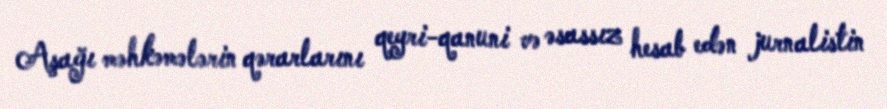
Aşağı məhkəmələrin qərarlarını qeyri-qanuni və əsassız hesab edən jurnalistin